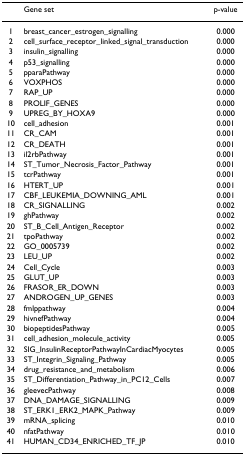
<table><thead><tr><td></td><td><b>Gene set</b></td><td><b>p-value</b></td></tr></thead><tbody><tr><td>1</td><td>breast_cancer_estrogen_signalling</td><td>0.000</td></tr><tr><td>2</td><td>cell_surface_receptor_linked_signal_transduction</td><td>0.000</td></tr><tr><td>3</td><td>insulin_signalling</td><td>0.000</td></tr><tr><td>4</td><td>p53_signalling</td><td>0.000</td></tr><tr><td>5</td><td>pparaPathway</td><td>0.000</td></tr><tr><td>6</td><td>VOXPHOS</td><td>0.000</td></tr><tr><td>7</td><td>RAP_UP</td><td>0.000</td></tr><tr><td>8</td><td>PROLIF_GENES</td><td>0.000</td></tr><tr><td>9</td><td>UPREG_BY_HOXA9</td><td>0.000</td></tr><tr><td>10</td><td>cell_adhesion</td><td>0.001</td></tr><tr><td>11</td><td>CR_CAM</td><td>0.001</td></tr><tr><td>12</td><td>CR_DEATH</td><td>0.001</td></tr><tr><td>13</td><td>il2rbPathway</td><td>0.001</td></tr><tr><td>14</td><td>ST_Tumor_Necrosis_Factor_Pathway</td><td>0.001</td></tr><tr><td>15</td><td>tcrPathway</td><td>0.001</td></tr><tr><td>16</td><td>HTERT_UP</td><td>0.001</td></tr><tr><td>17</td><td>CBF_LEUKEMIA_DOWNING_AML</td><td>0.001</td></tr><tr><td>18</td><td>CR_SIGNALLING</td><td>0.002</td></tr><tr><td>19</td><td>ghPathway</td><td>0.002</td></tr><tr><td>20</td><td>ST_B_Cell_Antigen_Receptor</td><td>0.002</td></tr><tr><td>21</td><td>tpoPathway</td><td>0.002</td></tr><tr><td>22</td><td>GO_0005739</td><td>0.002</td></tr><tr><td>23</td><td>LEU_UP</td><td>0.002</td></tr><tr><td>24</td><td>Cell_Cycle</td><td>0.003</td></tr><tr><td>25</td><td>GLUT_UP</td><td>0.003</td></tr><tr><td>26</td><td>FRASOR_ER_DOWN</td><td>0.003</td></tr><tr><td>27</td><td>ANDROGEN_UP_GENES</td><td>0.003</td></tr><tr><td>28</td><td>fmlppathway</td><td>0.004</td></tr><tr><td>29</td><td>hivnefPathway</td><td>0.004</td></tr><tr><td>30</td><td>biopeptidesPathway</td><td>0.005</td></tr><tr><td>31</td><td>cell_adhesion_molecule_activity</td><td>0.005</td></tr><tr><td>32</td><td>SIG_InsulinReceptorPathwayInCardiacMyocytes</td><td>0.005</td></tr><tr><td>33</td><td>ST_Integrin_Signaling_Pathway</td><td>0.005</td></tr><tr><td>34</td><td>drug_resistance_and_metabolism</td><td>0.006</td></tr><tr><td>35</td><td>ST_Differentiation_Pathway_in_PC12_Cells</td><td>0.007</td></tr><tr><td>36</td><td>gleevecPathway</td><td>0.008</td></tr><tr><td>37</td><td>DNA_DAMAGE_SIGNALLING</td><td>0.009</td></tr><tr><td>38</td><td>ST_ERK1_ERK2_MAPK_Pathway</td><td>0.009</td></tr><tr><td>39</td><td>mRNA_splicing</td><td>0.010</td></tr><tr><td>40</td><td>nfatPathway</td><td>0.010</td></tr><tr><td>41</td><td>HUMAN_CD34_ENRICHED_TF_JP</td><td>0.010</td></tr></tbody></table>